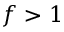
f > 1